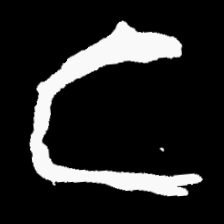
Pyu character \u2014 Myanmar letter: င (romanized: nga)